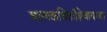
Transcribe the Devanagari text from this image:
बालकवितांशिवायच्या